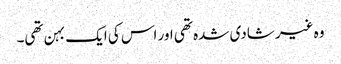
وہ غیر شادی شدہ تھی اور اس کی ایک بہن تھی۔